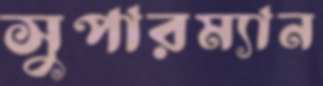
সুপারম্যান